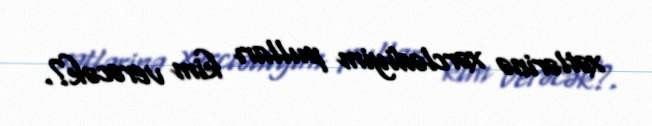
xətlərinə xərclədiyim pulları kim verəcək?.